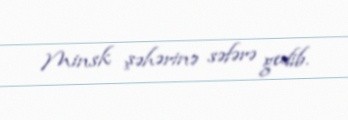
Minsk şəhərinə səfərə gedib.